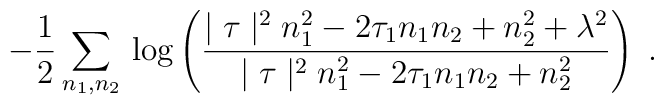
\!\!\!\! - \frac{1}{2}\sum_{n_1,n_2} \, \log \left(\frac{\mid \tau \mid^2  n_1^2 - 2 \tau_1 n_1 n_2+ n_2^2 + \lambda^2}{\mid \tau \mid^2  n_1^2 -2 \tau_1 n_1  n_2 + n_2^2}\right) \;.